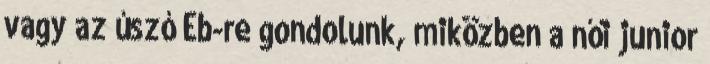
vagy az úszó Eb-re gondolunk, miközben a női junior